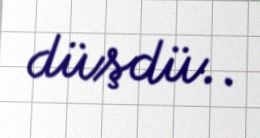
düşdü..